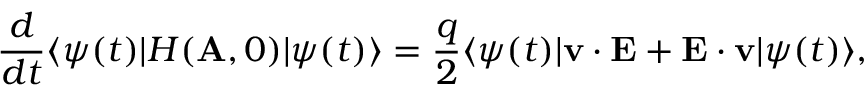
\frac { d } { d t } \langle \psi ( t ) | H ( { \bf A } , 0 ) | \psi ( t ) \rangle = \frac { q } { 2 } \langle \psi ( t ) | { \bf v } \cdot { \bf E } + { \bf E } \cdot { \bf v } | \psi ( t ) \rangle ,